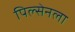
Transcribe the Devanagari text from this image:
पिल्सेनला